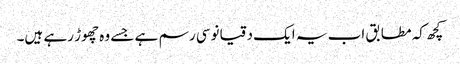
کچھ کہ مطابق اب یہ ایک دقیانوسی رسم ہے جسے وہ چھوڑ رہے ہیں۔